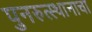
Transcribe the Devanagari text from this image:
पुनरुत्स्थानाचा